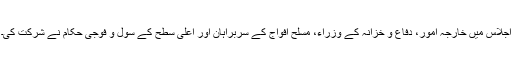
اجلاس میں خارجہ امور، دفاع و خزانہ کے وزراء، مسلح افواج کے سربراہان اور اعلیٰ سطح کے سول و فوجی حکام نے شرکت کی۔